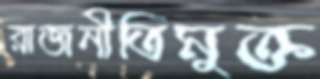
রাজনীতিমুক্ত